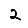
Digit: 2